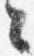
々